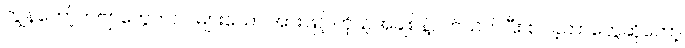
ကျွန်တော့်ကဗျာတွေကလဲ များသော အားဖြင့် ကိုယ့်အချစ်နဲ့ပတ်သက်ပြီး စပ်ခဲ့တာတွေဆိုတော့